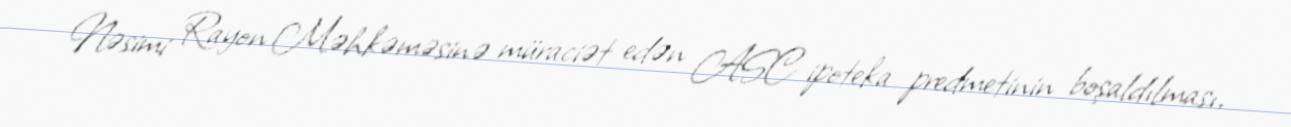
Nəsimi Rayon Məhkəməsinə müraciət edən ASC ipoteka predmetinin boşaldılması,